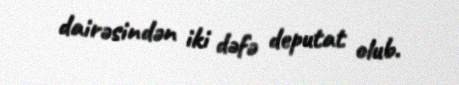
dairəsindən iki dəfə deputat olub.